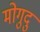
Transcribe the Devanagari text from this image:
मोगुदु